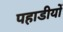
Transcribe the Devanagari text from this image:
पहाडीयों